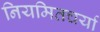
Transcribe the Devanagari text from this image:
नियमितचर्या